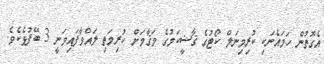
އެގޮތުން ހަމައެނަކި ކުރިމިނަލް ކޯޓުގެ ޤާޟީކަމުގެ މަޤާމަށް ކުރިމަތި ލައްވާފައިވަނީ 3 ބޭފުޅެކެވެ.